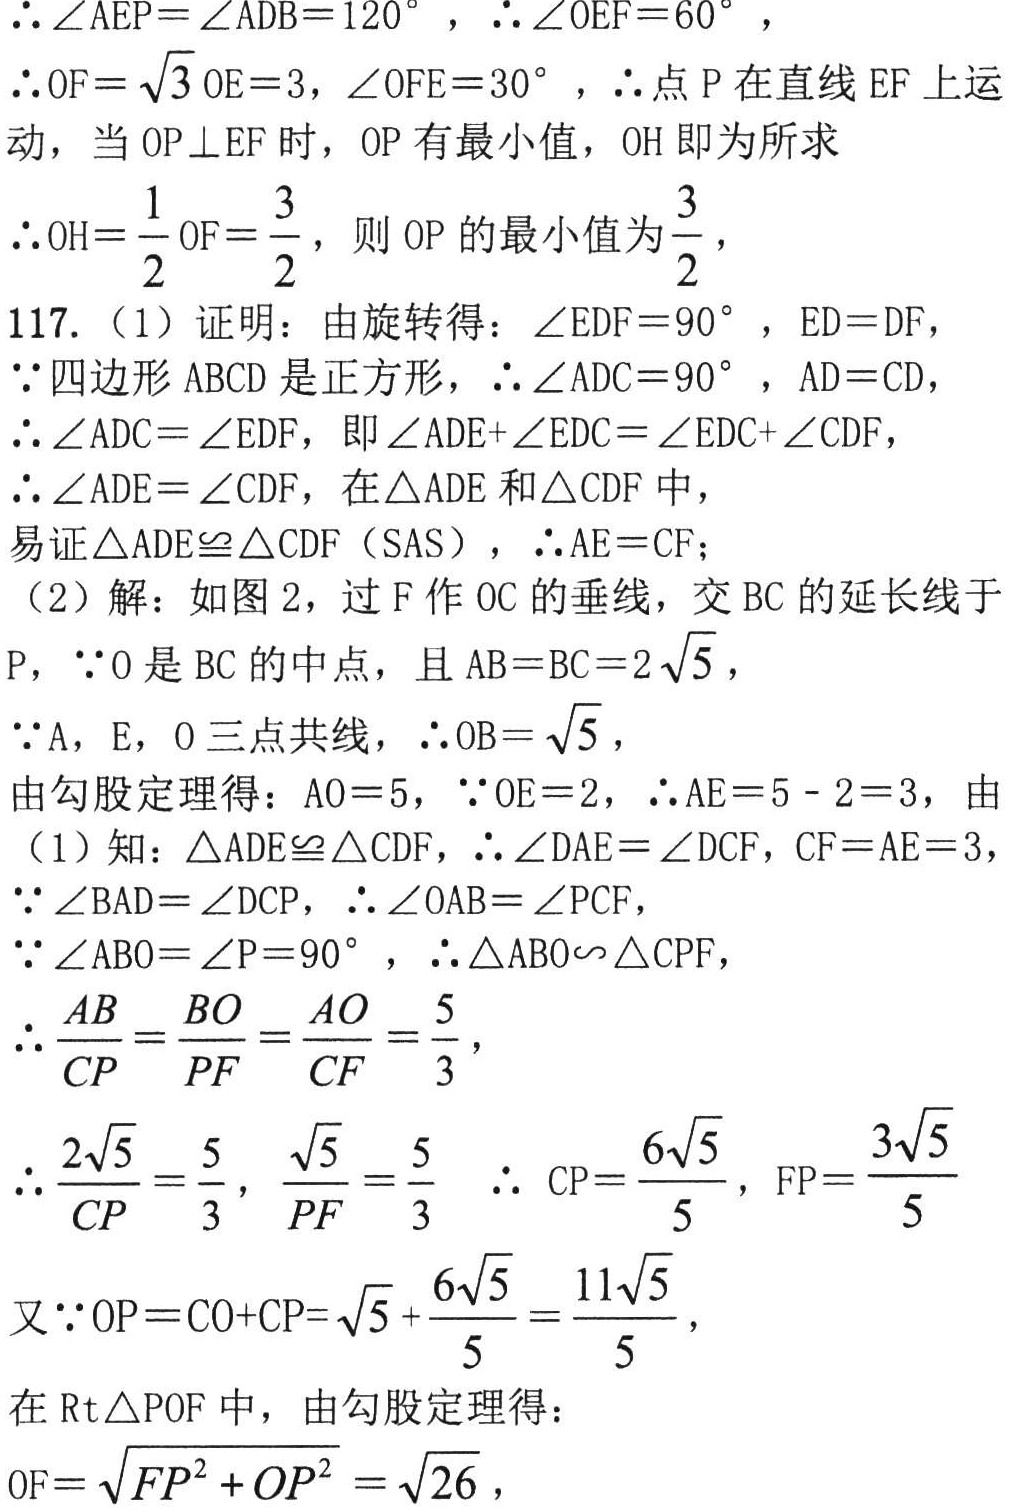
\(\therefore \angle AEP=\angle ADB = 120^{\circ},\therefore \angle OEF = 60^{\circ},\)
\(\therefore OF = \sqrt{3}OE = 3,\angle OFE = 30^{\circ},\therefore\)点\(P\)在直线\(EF\)上运动，当\(OP\perp EF\)时，\(OP\)有最小值，\(OH\)即为所求
\(\therefore OH=\dfrac{1}{2}OF=\dfrac{3}{2}\)，则\(OP\)的最小值为\(\dfrac{3}{2}\)，
117.（1）证明：由旋转得：\(\angle EDF = 90^{\circ}\)，\(ED = DF\)，
\(\because\)四边形\(ABCD\)是正方形，\(\therefore\angle ADC = 90^{\circ}\)，\(AD = CD\)，
\(\therefore\angle ADC=\angle EDF\)，即\(\angle ADE+\angle EDC=\angle EDC+\angle CDF\)，
\(\therefore\angle ADE=\angle CDF\)，在\(\triangle ADE\)和\(\triangle CDF\)中，
易证\(\triangle ADE\cong\triangle CDF(\text{SAS})\)，\(\therefore AE = CF\)；
（2）解：如图2，过\(F\)作\(OC\)的垂线，交\(BC\)的延长线于\(P\)，\(\because O\)是\(BC\)的中点，且\(AB = BC = 2\sqrt{5}\)，
\(\because A\)，\(E\)，\(O\)三点共线，\(\therefore OB=\sqrt{5}\)，
由勾股定理得：\(AO = 5\)，\(\because OE = 2\)，\(\therefore AE = 5 - 2 = 3\)，由（1）知：\(\triangle ADE\cong\triangle CDF\)，\(\therefore\angle DAE=\angle DCF\)，\(CF = AE = 3\)，
\(\because\angle BAD=\angle DCP\)，\(\therefore\angle OAB=\angle PCF\)，
\(\because\angle ABO=\angle P = 90^{\circ}\)，\(\therefore\triangle ABO\backsim\triangle CPF\)，
\(\therefore \dfrac{AB}{CP}=\dfrac{BO}{PF}=\dfrac{AO}{CF}=\dfrac{5}{3}\)，
\(\therefore \dfrac{2\sqrt{5}}{CP}=\dfrac{5}{3}\)，\(\dfrac{\sqrt{5}}{PF}=\dfrac{5}{3}\)  \(\therefore CP=\dfrac{6\sqrt{5}}{5}\)，\(FP=\dfrac{3\sqrt{5}}{5}\)
又\(\because OP = CO + CP=\sqrt{5}+\dfrac{6\sqrt{5}}{5}=\dfrac{11\sqrt{5}}{5}\)，
在\(\text{Rt}\triangle POF\)中，由勾股定理得：
\(OF=\sqrt{FP^{2}+OP^{2}}=\sqrt{26}\)，